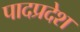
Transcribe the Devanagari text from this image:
पादप्रदेश